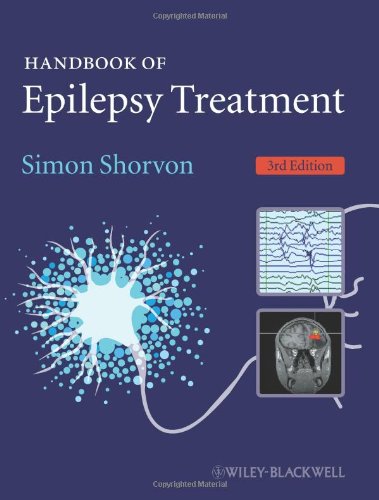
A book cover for Handbook of Epilepsy Treatment; Simon D. Shorvon; Health, Fitness & Dieting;